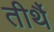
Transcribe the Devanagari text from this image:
तीर्थै